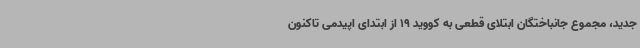
جدید، مجموع جانباختگان ابتلای قطعی به کووید 19 از ابتدای اپیدمی تاکنون